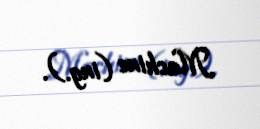
Machine (ing.).